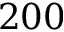
2 0 0